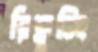
রিক্রুটিং